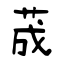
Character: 荿